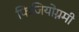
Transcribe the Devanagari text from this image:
फिजियोग्नमी